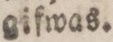
gifwas.